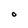
Character: 0